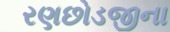
રણછોડજીના